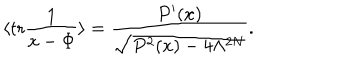
\langle \mathrm { t r } \frac { 1 } { x - \Phi } \rangle = \frac { P ^ { \prime } ( x ) } { \sqrt { P ^ { 2 } ( x ) - 4 \Lambda ^ { 2 N } } } .